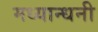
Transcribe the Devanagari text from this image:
मध्यान्धनी